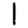
Digit: 1